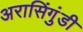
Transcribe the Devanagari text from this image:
अरासिंगुंडी